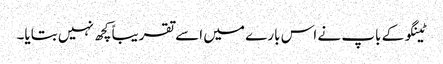
ٹینگو کے باپ نے اس بارے میں اسے تقریباً کچھ نہیں بتایا۔